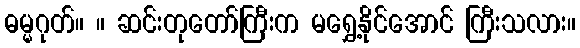
ဓမ္မဂုတ်။ ။ ဆင်းတုတော်ကြီးက မရွှေ့နိုင်အောင် ကြီးသလား။